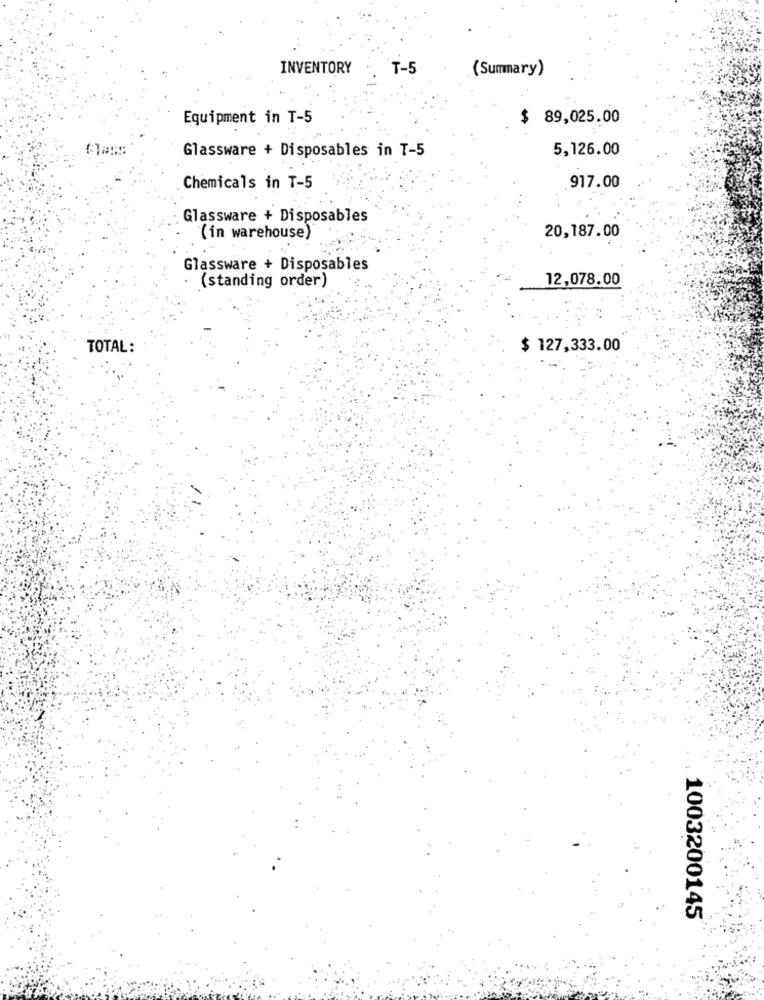
INVENTORY
T-5
(Summary)
Equipment in T-5
$ 89,025.00
5,126.00
Glassware + Disposables in T-5
Chemicals in T-5
.917.00
Glassware + Disposables
(in warehouse)
20,187.00
Glassware + Disposables
(standing order)
12,078.00
TOTAL:
$ 127,333.00
1003200145